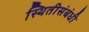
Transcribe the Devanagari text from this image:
स्थितीसंबंधी